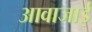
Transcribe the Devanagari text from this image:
आवाजाई